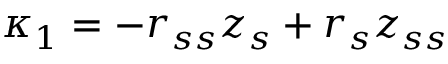
\kappa _ { 1 } = - r _ { s s } z _ { s } + r _ { s } z _ { s s }